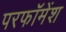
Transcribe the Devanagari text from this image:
परफॉमेंश